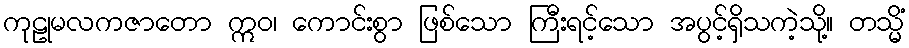
ကုဠုမလကဇာတော ဣဝ၊ ကောင်းစွာ ဖြစ်သော ကြီးရင့်သော အပွင့်ရှိသကဲ့သို့။ တသ္မိံ